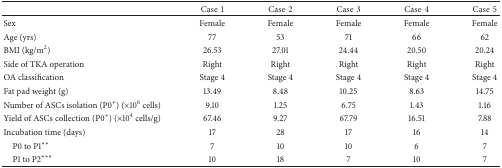
|  | Case1 | Case2 | Case3 | Case4 | Case5 |
 | --- | --- | --- | --- | --- | --- |
 | Sex | Female | Female | Female | Female | Female |
 | Age (yrs) | 77 | 53 | 71 | 66 | 62 |
 | BMI (kg/m2) | 26.53 | 27.01 | 24.44 | 20.50 | 20.24 |
 | Side of TKA operation | Right | Right | Right | Right | Right |
 | OA classification | Stage 4 | Stage 4 | Stage 4 | Stage 4 | Stage 4 |
 | Fat pad weight (g) | 13.49 | 8.48 | 10.25 | 8.63 | 14.75 |
 | Number of ASCs isolation (P0∗) (×106 cells) | 9.10 | 1.25 | 6.75 | 1.43 | 1.16 |
 | Yield of ASCs collection (P0∗) (×104 cells/g) | 67.46 | 9.27 | 67.79 | 16.51 | 7.88 |
 | Incubation time (days) | 17 | 28 | 17 | 16 | 14 |
 | P0 to P1∗∗ | 7 | 10 | 10 | 6 | 7 |
 | P1 to P2∗∗∗ | 10 | 18 | 7 | 10 | 7 |